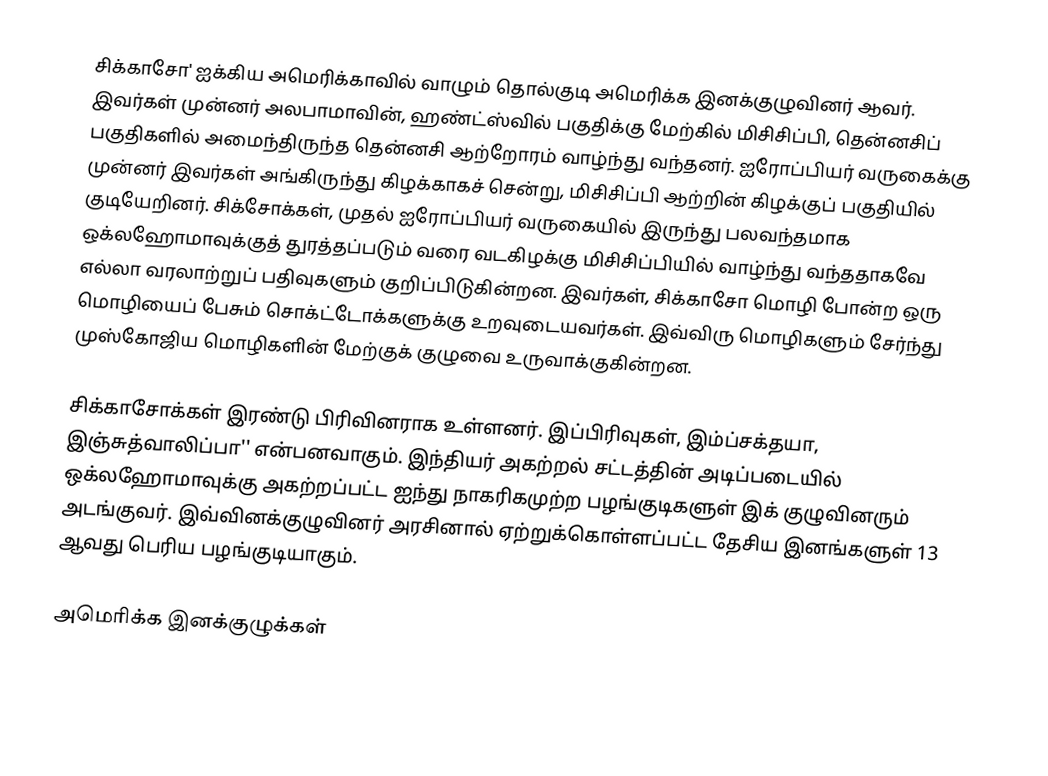
சிக்காசோ' ஐக்கிய அமெரிக்காவில் வாழும் தொல்குடி அமெரிக்க இனக்குழுவினர் ஆவர். இவர்கள் முன்னர் அலபாமாவின், ஹண்ட்ஸ்வில் பகுதிக்கு மேற்கில் மிசிசிப்பி, தென்னசிப் பகுதிகளில் அமைந்திருந்த தென்னசி ஆற்றோரம் வாழ்ந்து வந்தனர். ஐரோப்பியர் வருகைக்கு முன்னர் இவர்கள் அங்கிருந்து கிழக்காகச் சென்று, மிசிசிப்பி ஆற்றின் கிழக்குப் பகுதியில் குடியேறினர். சிக்சோக்கள், முதல் ஐரோப்பியர் வருகையில் இருந்து பலவந்தமாக ஒக்லஹோமாவுக்குத் துரத்தப்படும் வரை வடகிழக்கு மிசிசிப்பியில் வாழ்ந்து வந்ததாகவே எல்லா வரலாற்றுப் பதிவுகளும் குறிப்பிடுகின்றன. இவர்கள், சிக்காசோ மொழி போன்ற ஒரு மொழியைப் பேசும் சொக்ட்டோக்களுக்கு உறவுடையவர்கள். இவ்விரு மொழிகளும் சேர்ந்து முஸ்கோஜிய மொழிகளின் மேற்குக் குழுவை உருவாக்குகின்றன.

சிக்காசோக்கள் இரண்டு பிரிவினராக உள்ளனர். இப்பிரிவுகள், இம்ப்சக்தயா, இஞ்சுத்வாலிப்பா'' என்பனவாகும். இந்தியர் அகற்றல் சட்டத்தின் அடிப்படையில் ஒக்லஹோமாவுக்கு அகற்றப்பட்ட ஐந்து நாகரிகமுற்ற பழங்குடிகளுள் இக் குழுவினரும் அடங்குவர். இவ்வினக்குழுவினர் அரசினால் ஏற்றுக்கொள்ளப்பட்ட தேசிய இனங்களுள் 13 ஆவது பெரிய பழங்குடியாகும்.

அமெரிக்க இனக்குழுக்கள்